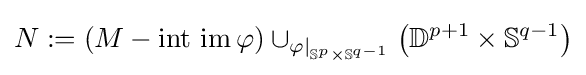
N:=(M-\operatorname {int~im} \varphi )\cup _{\varphi |_{\mathbb {S} ^{p}\times \mathbb {S} ^{q-1}}}\left(\mathbb {D} ^{p+1}\times \mathbb {S} ^{q-1}\right)